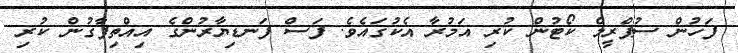
ފަހުން ސުޕްރީމް ކޯޓުން ކުރި އަމުރާ އެކުގައެވެ. ފަސް ފަނޑިޔާރުންގެ އިއްތިފާގުން ކުރި